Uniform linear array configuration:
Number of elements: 12
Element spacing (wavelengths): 0.75
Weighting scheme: hann
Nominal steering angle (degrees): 45
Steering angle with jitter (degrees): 43.372
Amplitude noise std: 0.05
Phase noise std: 0.05

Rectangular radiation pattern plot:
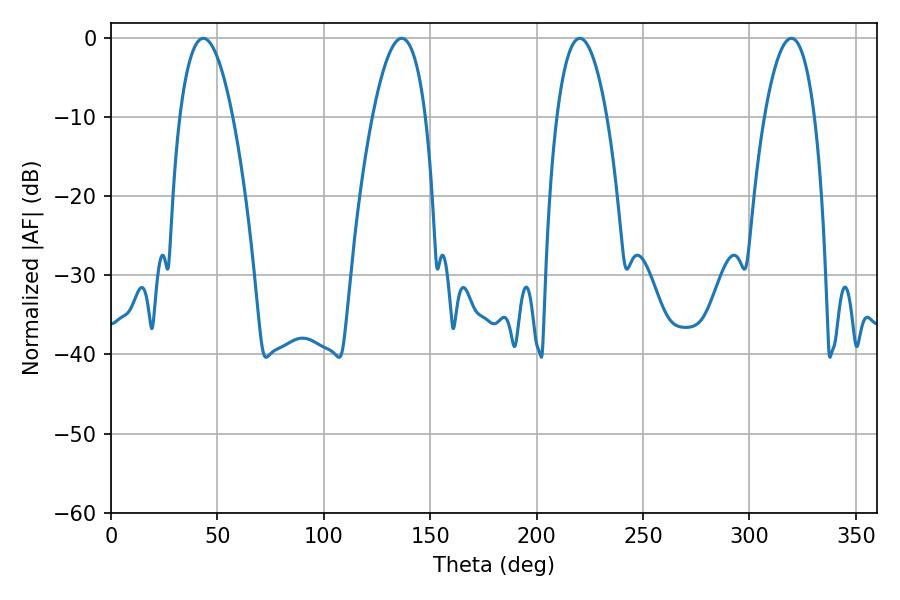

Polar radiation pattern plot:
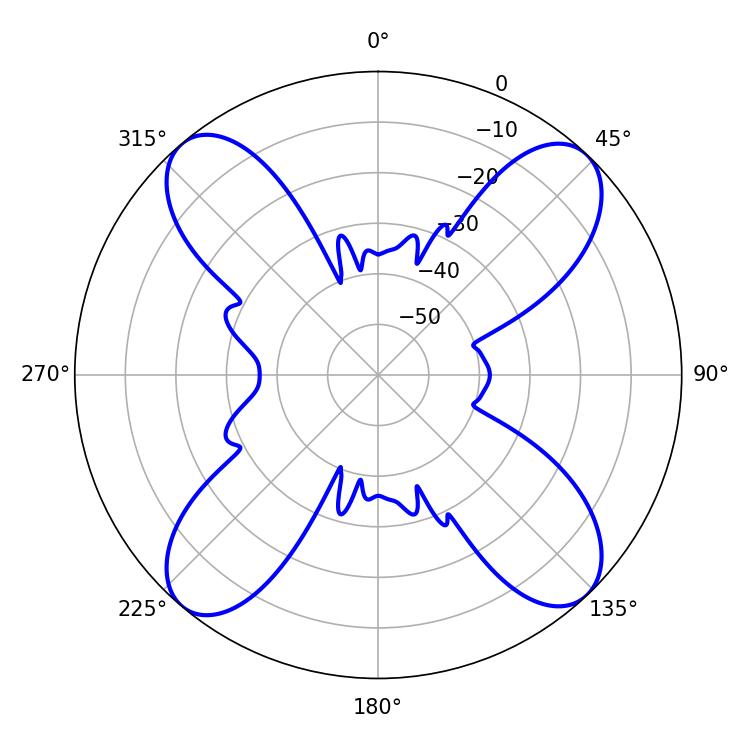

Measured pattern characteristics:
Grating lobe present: TRUE
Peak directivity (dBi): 17.077
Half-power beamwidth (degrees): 13.86
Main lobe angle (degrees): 43.38